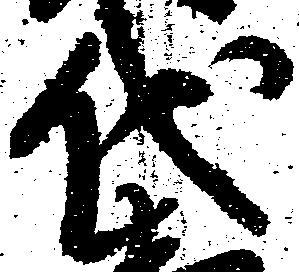
代